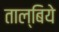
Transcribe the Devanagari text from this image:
ताल्बिये